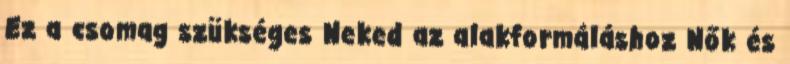
Ez a csomag szükséges Neked az alakformáláshoz Nők és